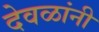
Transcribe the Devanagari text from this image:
देवळांनी